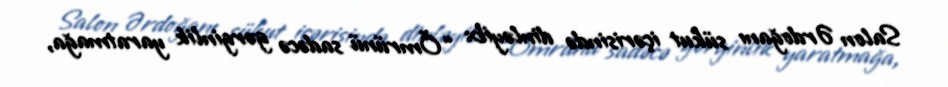
Salon Ərdoğanı sükut içərisində dinləyib: “Ömrünü sadəcə gərginlik yaratmağa,